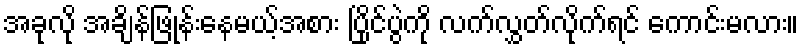
အခုလို အချိန်ဖြုန်းနေမယ့်အစား ပြိုင်ပွဲကို လက်လွှတ်လိုက်ရင် ကောင်းမလား။